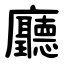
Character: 廳